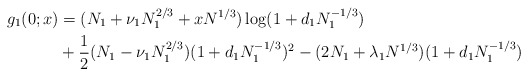
\begin{align*}g_1(0;x)&=(N_1+\nu_1N_1^{2/3}+xN^{1/3})\log(1+d_1N_1^{-1/3})\\&+\frac 12(N_1-\nu_1N_1^{2/3})(1+d_1N_1^{-1/3})^2-(2N_1+\lambda_1N^{1/3})(1+d_1N_1^{-1/3})\end{align*}